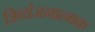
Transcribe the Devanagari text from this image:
त्रिव्यंजनात्मक